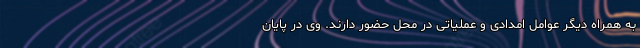
به همراه دیگر عوامل امدادی و عملیاتی در محل حضور دارند. وی در پایان